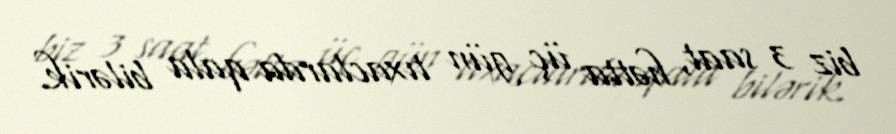
biz 3 saat, hətta üç gün tıxaclarda qala bilərik.